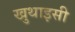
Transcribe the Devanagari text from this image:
खुथाइसी